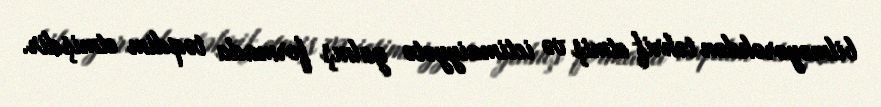
bilməyərəkdən təhrif etmiş və ictimaiyyətə yalnış formada təqdim etmişdir.